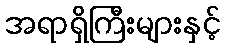
အရာရှိကြီးများနှင့်